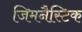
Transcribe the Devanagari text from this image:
जिमनैस्टिक